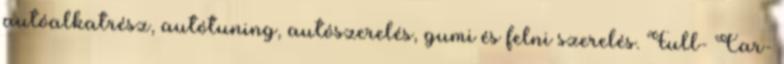
autóalkatrész, autótuning, autószerelés, gumi és felni szerelés. Full- Car-